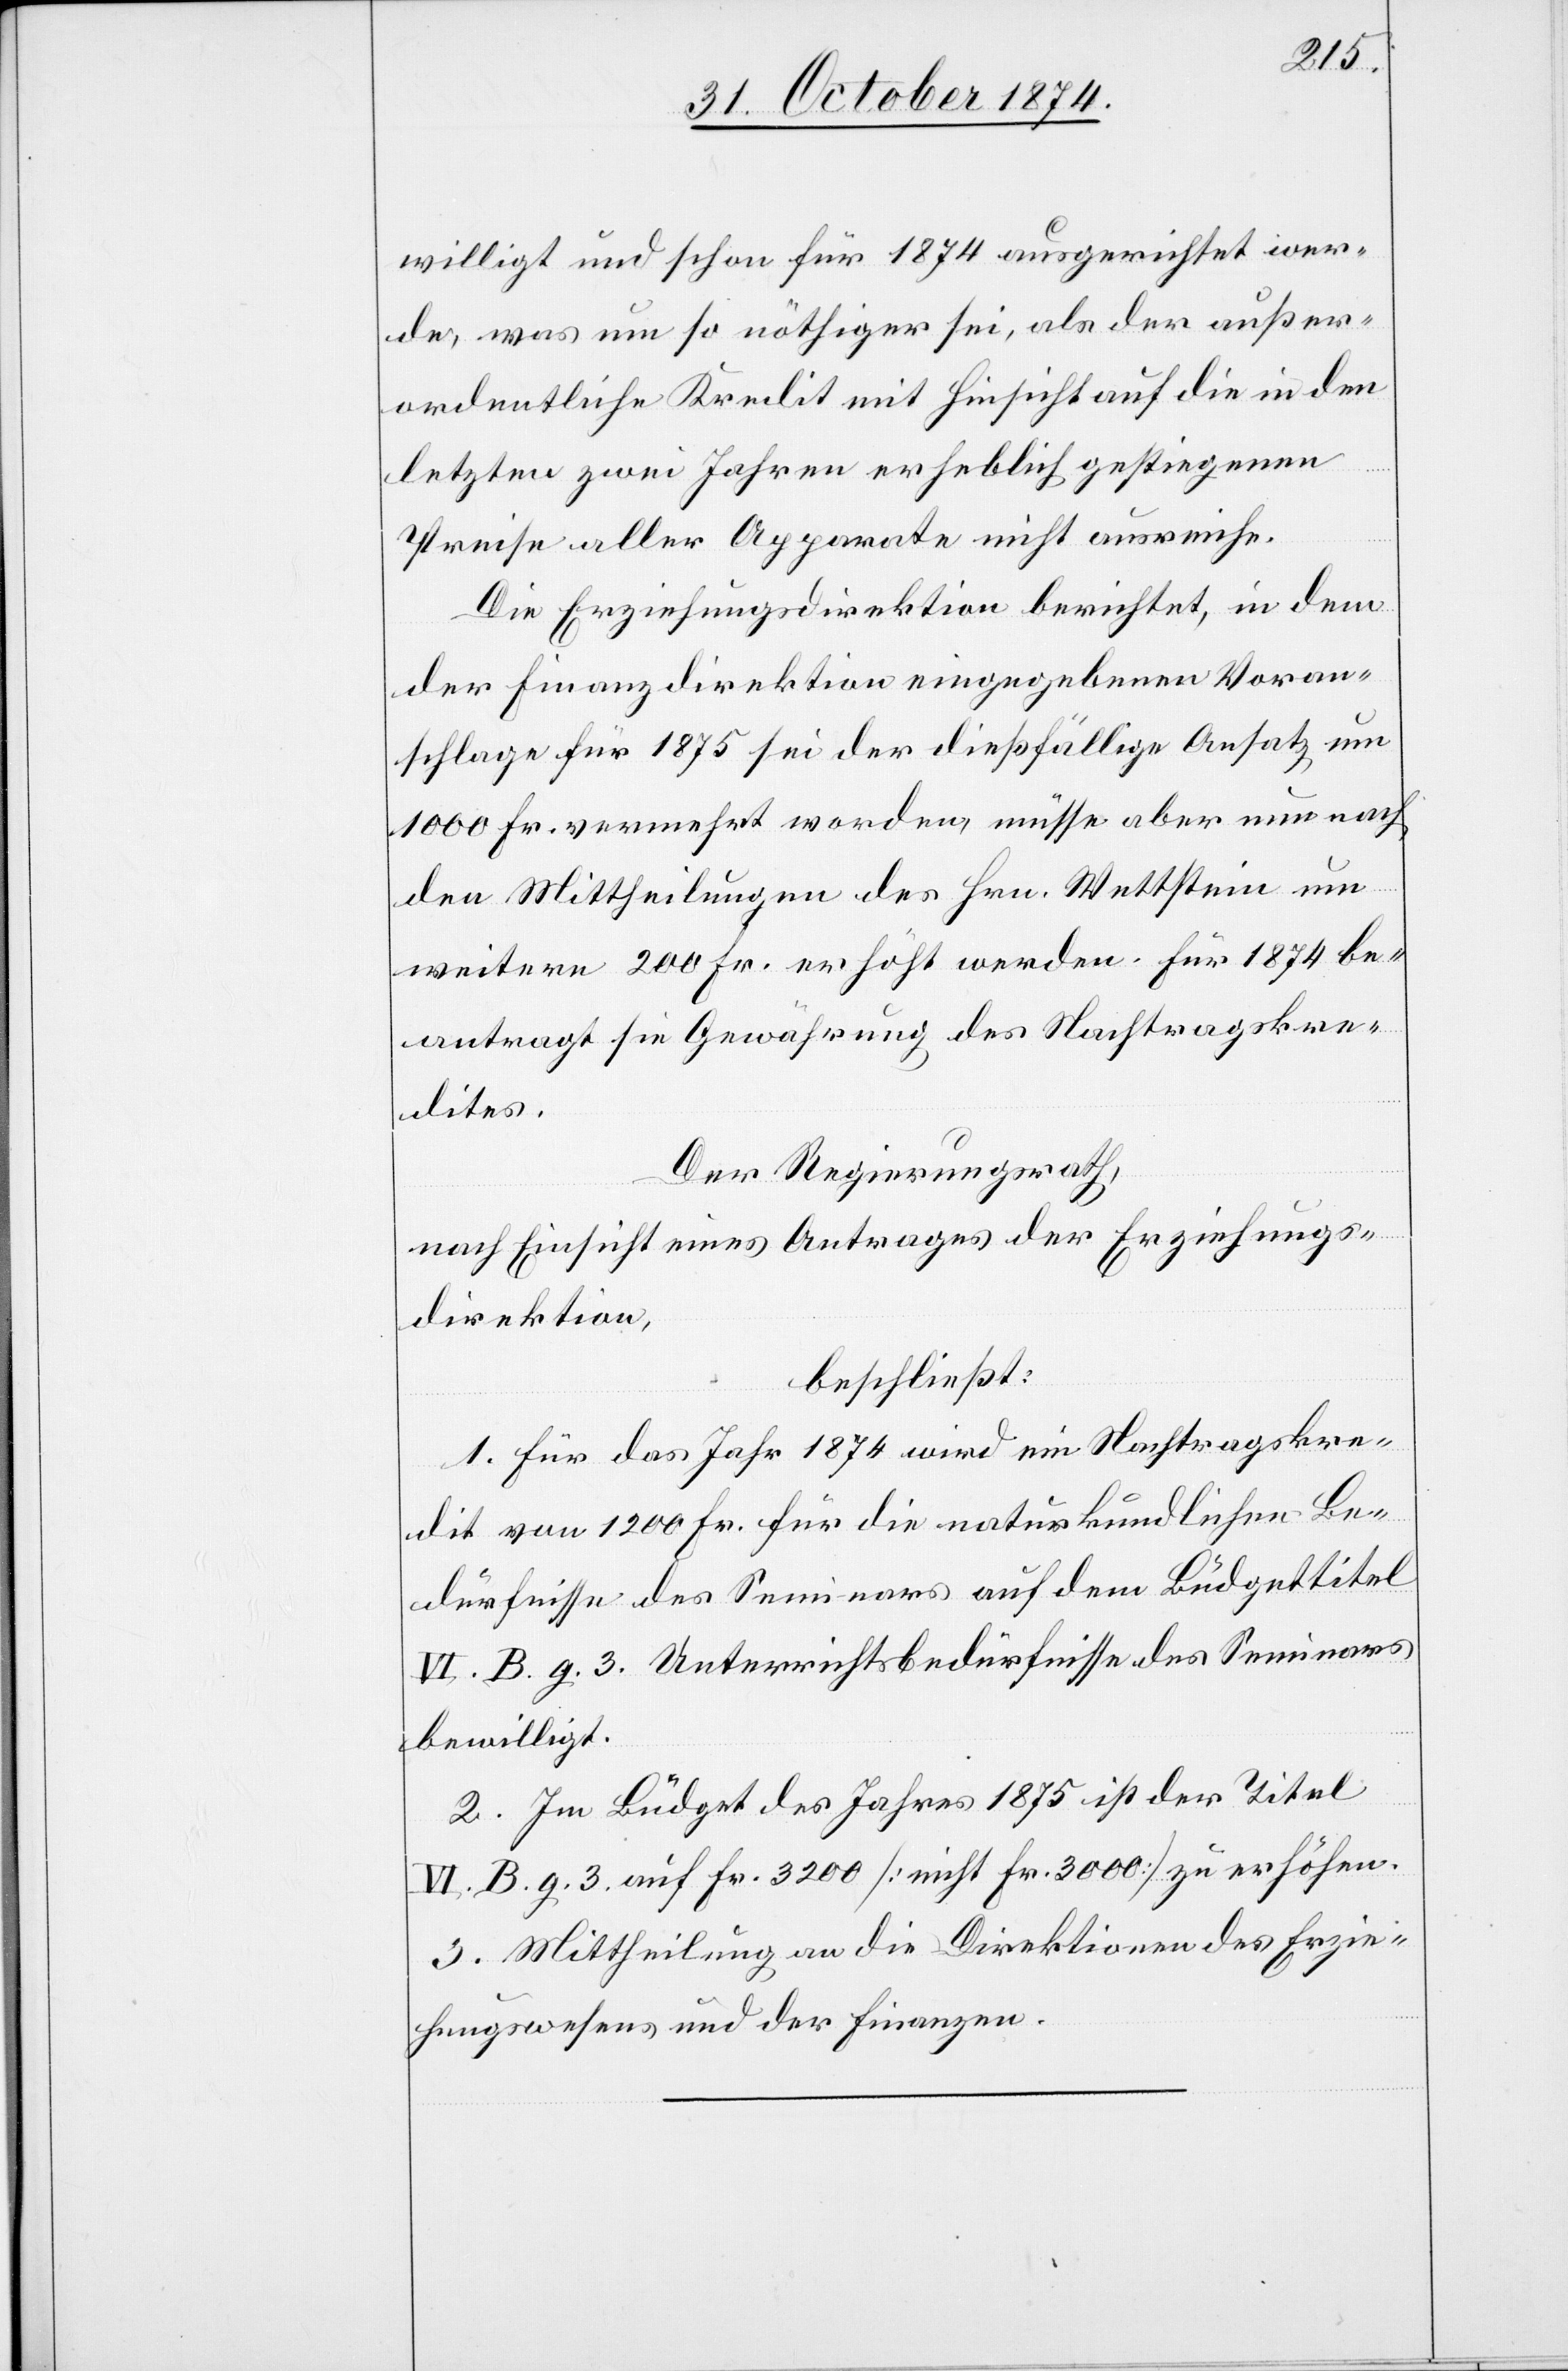
willigt und schon für 1874 ausgerichtet wer¬
de, was um so nöthiger sei, als der außer¬
ordentliche Kredit mit Hinsicht auf die in den
letzten zwei Jahren erheblich gestiegenen
Preise aller Apparate nicht ausreiche.
Die Erziehungsdirektion berichtet, in dem
der Finanzdirektion eingegebenen Voran¬
schlage für 1875 sei der dießfällige Ansatz um
1000 Fr. vermehrt worden, müsse aber nun nach
den Mittheilungen des Hrn. Wettstein um
weitere 200 Fr. erhöht werden. Für 1874 be¬
antragt sie Gewährung des Nachtragskre¬
dites.
Der Regierungsrath,
nach Einsicht eines Antrages der Erziehungs¬
direktion,
beschließt:
1. Für das Jahr 1874 wird ein Nachtragskre¬
dit von 1200 Fr. für die naturkundlichen Be¬
dürfnisse des Seminars auf dem Büdgettitel
VI. B. g. 3 Unterrichtsbedürfnisse des Seminars
bewilligt.
2. Im Büdget des Jahres 1875 ist der Titel
VI. B. g. 3 auf Fr. 3200 [nicht Fr. 3000] zu erhöhen.
3. Mittheilung an die Direktionen des Erzie¬
hungswesens und der Finanzen.